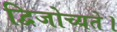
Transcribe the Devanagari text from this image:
द्विजोच्यते।